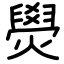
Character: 燢